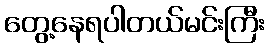
တွေ့နေရပါတယ်မင်းကြီး